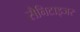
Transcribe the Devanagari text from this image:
सैनिटाइजर